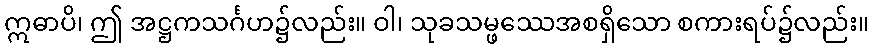
ဣဓာပိ၊ ဤ အဋ္ဌကသင်္ဂဟ၌လည်း။ ဝါ၊ သုခသမ္ဖဿေအစရှိသော စကားရပ်၌လည်း။